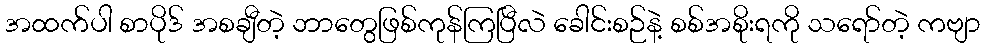
အထက်ပါ စာပိုဒ် အစချီတဲ့ ဘာတွေဖြစ်ကုန်ကြပြီလဲ ခေါင်းစဉ်နဲ့ စစ်အစိုးရကို သရော်တဲ့ ကဗျာ